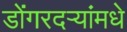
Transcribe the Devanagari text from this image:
डोंगरदऱ्यांमधे